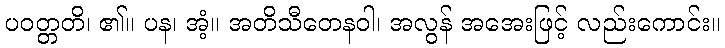
ပဝတ္တတိ၊ ၏။ ပန၊ အံ့။ အတိသီတေနဝါ၊ အလွန် အအေးဖြင့် လည်းကောင်း။